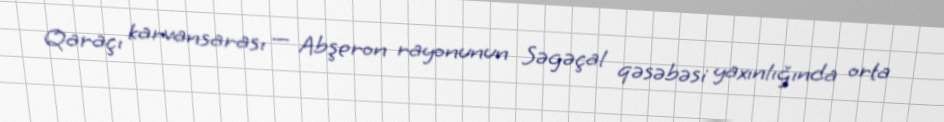
Qaraçı karvansarası — Abşeron rayonunun Səgəçal qəsəbəsi yaxınlığında orta